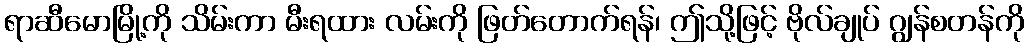
ရာဆီမောမြို့ကို သိမ်းကာ မီးရထား လမ်းကို ဖြတ်တောက်ရန်၊ ဤသို့ဖြင့် ဗိုလ်ချုပ် ဂျွန်စတန်ကို